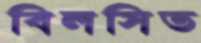
বিলসিত